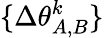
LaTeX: \{ \Delta\theta_{A,B}^{k}\}